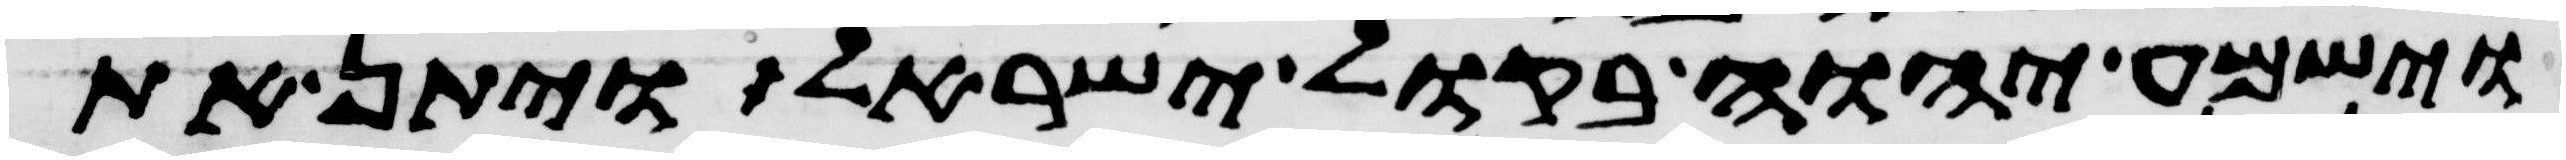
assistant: וישמע יהוה בקול ישראל ויתן את